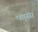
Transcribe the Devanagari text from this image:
फा्रंस